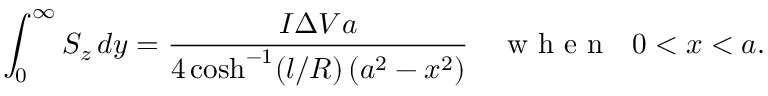
\int _ { 0 } ^ { \infty } S _ { z } \, d y = \frac { I \Delta V a } { 4 \cosh ^ { - 1 } ( l / R ) \left( a ^ { 2 } - x ^ { 2 } \right) } \textrm { \quad w h e n ~ } 0 < x < a .